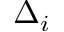
\Delta _ { i }